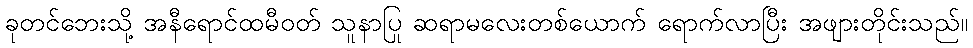
ခုတင်ဘေးသို့ အနီရောင်ထမီဝတ် သူနာပြု ဆရာမလေးတစ်ယောက် ရောက်လာပြီး အဖျားတိုင်းသည်။